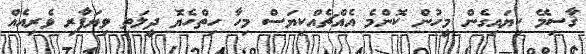
ޤާސިމޭ ކިޔައިގެން މީހުން ކޮންމެ އެއްޗެއްކިޔަސް މިހާ ހިތްހެޔޮ ދީލަތި ވިޔަފާރި ވެރިއެއް